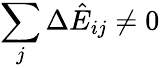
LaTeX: \sum_{j}\Delta\hat{E}_{ij}\not=0